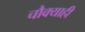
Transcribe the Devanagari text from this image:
चौक्याही